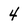
Character: 4